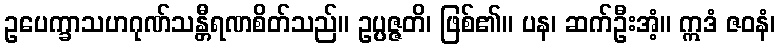
ဥပေက္ခာသဟဂုဏ်သန္တီရဏစိတ်သည်။ ဥပ္ပဇ္ဇတိ၊ ဖြစ်၏။ ပန၊ ဆက်ဦးအံ့။ ဣဒံ ဇဝနံ၊